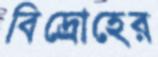
বিদ্রোহের